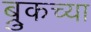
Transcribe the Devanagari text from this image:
ब्रुकच्या